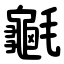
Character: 䶰